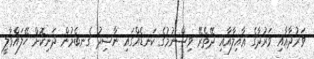
ވަރުދާއާއި ވަރުދާގެ ޢާއިލާއާއި ދޭތެރޭ ވިސްނުމުގެ ކަނޑެއްގައި ނާޝިދު ގެނބެމުން ދަނިކޮށް ހޭލައްވާލީ